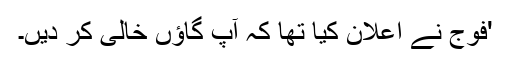
'فوج نے اعلان کیا تھا کہ آپ گاؤں خالی کر دیں۔